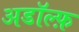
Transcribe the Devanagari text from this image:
अडॉल्फ़